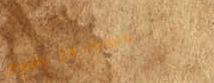
Open 24 Hours